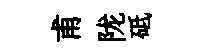
甫陇砥